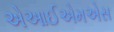
એઆઈએમએસ